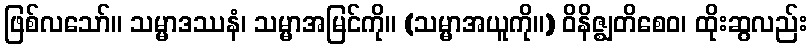
ဖြစ်လသော်။ သမ္မာဒဿနံ၊ သမ္မာအမြင်ကို။ (သမ္မာအယူကို။) ဝိနိဇ္ဈတိစေဝ၊ ထိုးဆွလည်း